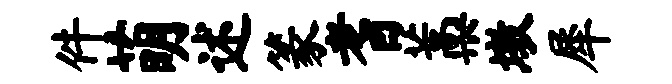
件萌述篆耆藁墩犀